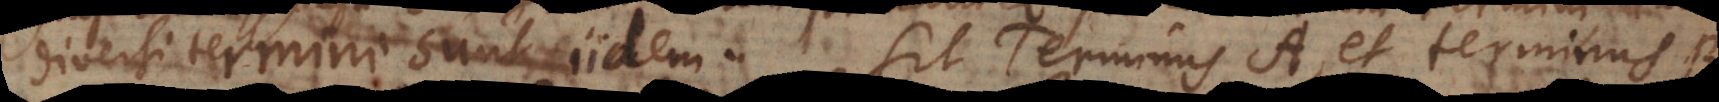
diversi termini sunt iidem. Sit Terminus A et terminus B,